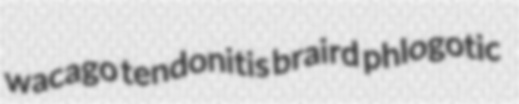
wacago tendonitis braird phlogotic